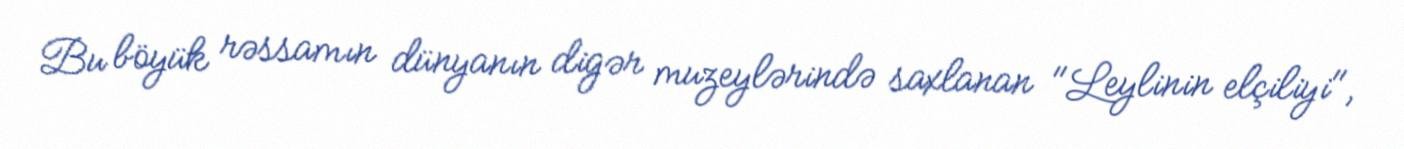
Bu böyük rəssamın dünyanın digər muzeylərində saxlanan "Leylinin elçiliyi",